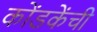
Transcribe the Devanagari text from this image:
कोंडकेंची